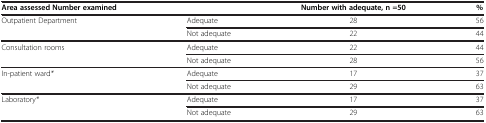
<table><thead><tr><td><b>Area assessed Number examined</b></td><td><b> </b></td><td><b>Number with adequate, n =50</b></td><td><b>%</b></td></tr></thead><tbody><tr><td>Outpatient Department</td><td>Adequate</td><td>28</td><td>56</td></tr><tr><td> </td><td>Not adequate</td><td>22</td><td>44</td></tr><tr><td>Consultation rooms</td><td>Adequate</td><td>22</td><td>44</td></tr><tr><td> </td><td>Not adequate</td><td>28</td><td>56</td></tr><tr><td>In-patient ward<i>*</i></td><td>Adequate</td><td>17</td><td>37</td></tr><tr><td> </td><td>Not adequate</td><td>29</td><td>63</td></tr><tr><td>Laboratory<i>*</i></td><td>Adequate</td><td>17</td><td>37</td></tr><tr><td> </td><td>Not adequate</td><td>29</td><td>63</td></tr></tbody></table>